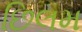
છિલમ